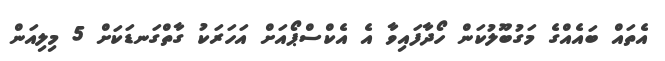
އެތައް ބައެއްގެ މަގުބޫލުކަން ހޯދާފައިވާ އެ އެކްސްޕޯއަށް އަހަރަކު ގާތްގަނޑަކަށް 5 މިލިއަން